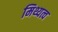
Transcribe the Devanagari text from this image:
मिथ्यत्व